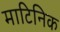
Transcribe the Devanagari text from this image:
माटिनिक